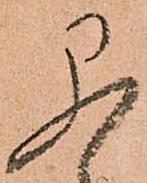
早